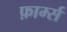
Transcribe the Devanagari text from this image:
फ़ार्म्स